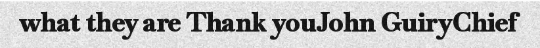
what they are Thank youJohn GuiryChief